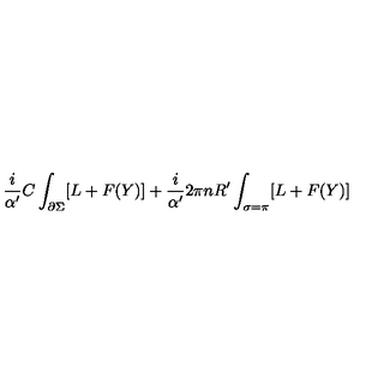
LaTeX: \frac { i } { \alpha ^ { \prime } } C \int _ { \partial \Sigma } [ L + F ( Y ) ] + \frac { i } { \alpha ^ { \prime } } 2 \pi n R ^ { \prime } \int _ { \sigma = \pi } [ L + F ( Y ) ]